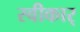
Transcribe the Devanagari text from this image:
स्वीकार्